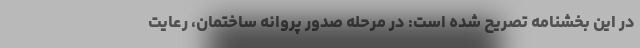
در این بخشنامه تصریح شده است: در مرحله صدور پروانه ساختمان، رعایت